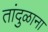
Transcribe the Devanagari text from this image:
तांदुळाना